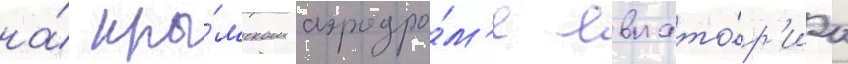
на́ кры́мском аэродро́м'е евпато́р'иа